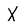
Character: X